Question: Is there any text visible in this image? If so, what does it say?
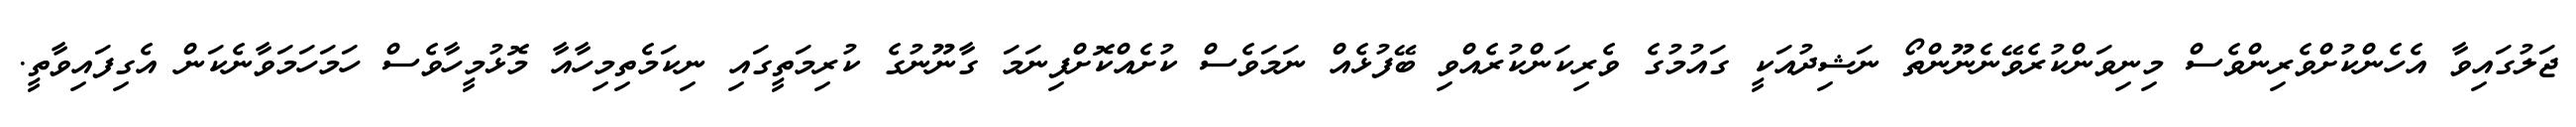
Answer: ޖަލުގައިވާ އެހެންކުށްވެރިންވެސް މިނިވަންކުރެވޭނެނޫންތޯ ނަޝިދުއަކީ ގައުމުގެ ވެރިކަންކުރެއްވި ބޭފުޅެއް ނަމަވެސް ކުށެއްކޮށްފިނަމަ ގާނޫނުގެ ކުރިމަތީގައި ނިކަމެތިމިހާއާ މޮޅުމީހާވެސް ހަމަހަމަވާނެކަން އެގިފައިވާތީ.